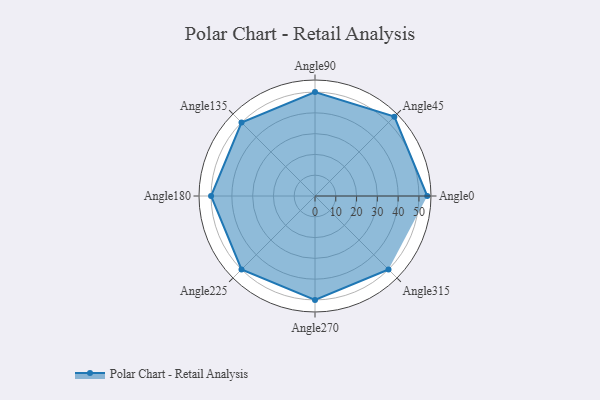
{"axis": {"x": "Angle", "y": "Radius"}, "legend": [""], "data": [{"x": "Angle0", "y": 54.0, "type": ""}, {"x": "Angle45", "y": 54.0, "type": ""}, {"x": "Angle90", "y": 50, "type": ""}, {"x": "Angle135", "y": 50, "type": ""}, {"x": "Angle180", "y": 50, "type": ""}, {"x": "Angle225", "y": 50, "type": ""}, {"x": "Angle270", "y": 50, "type": ""}, {"x": "Angle315", "y": 50, "type": ""}]}